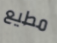
مطيع